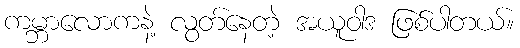
ကမ္ဘာလောကနဲ့ လွတ်နေတဲ့ အယူဝါဒ ဖြစ်ပါတယ်။